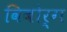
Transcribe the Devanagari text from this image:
विबोर्ग